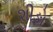
શીઙો